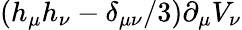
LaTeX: (h_{\mu}h_{\nu}-\delta_{\mu\nu}/3)\partial_{\mu}V_{\nu}